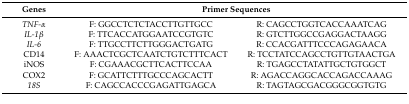
<table><thead><tr><td><b>Genes</b></td><td colspan="2"><b>Primer Sequences</b></td></tr></thead><tbody><tr><td><i>TNF-α</i></td><td>F: GGCCTCTCTACCTTGTTGCC</td><td>R: CAGCCTGGTCACCAAATCAG</td></tr><tr><td><i>IL-1β</i></td><td>F: TTCACCATGGAATCCGTGTC</td><td>R: GTCTTGGCCGAGGACTAAGG</td></tr><tr><td><i>IL-6</i></td><td>F: TTGCCTTCTTGGGACTGATG</td><td>R: CCACGATTTCCCAGAGAACA</td></tr><tr><td>CD14</td><td>F: AAACTCGCTCAATCTGTCTTTCACT</td><td>R: TCCTATCCAGCCTGTTGTAACTGA</td></tr><tr><td>iNOS</td><td>F: CGAAACGCTTCACTTCCAA</td><td>R: TGAGCCTATATTGCTGTGGCT</td></tr><tr><td>COX2</td><td>F: GCATTCTTTGCCCAGCACTT</td><td>R: AGACCAGGCACCAGACCAAAG</td></tr><tr><td><i>18S</i></td><td>F: CAGCCACCCGAGATTGAGCA</td><td>R: TAGTAGCGACGGGCGGTGTG</td></tr></tbody></table>